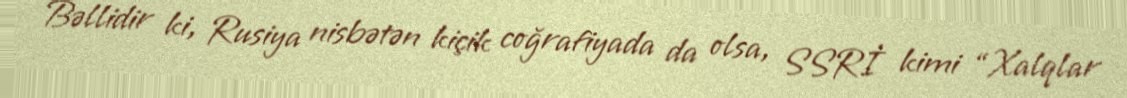
Bəllidir ki, Rusiya nisbətən kiçik coğrafiyada da olsa, SSRİ kimi “Xalqlar